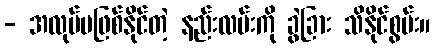
- အလုပ်မဖြစ်နိုင်တဲ့ နည်းလမ်းကို ခွဲခြား သိနိုင်စွမ်း။